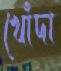
খোঁদা